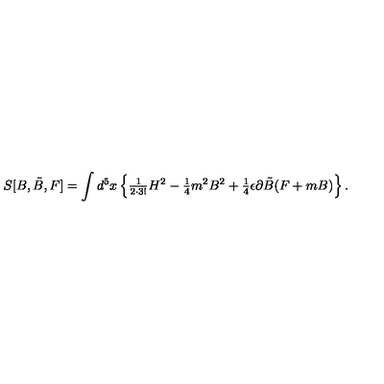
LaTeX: S [ B , \tilde { B } , F ] = \int d ^ { 5 } x \left\{ { \textstyle \frac { 1 } { 2 \cdot 3 ! } } H ^ { 2 } - { \textstyle \frac { 1 } { 4 } } m ^ { 2 } B ^ { 2 } + { \textstyle \frac { 1 } { 4 } } \epsilon \partial \tilde { B } ( F + m B ) \right\} .